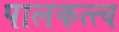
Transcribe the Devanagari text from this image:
पालकत्त्व